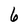
Character: 6